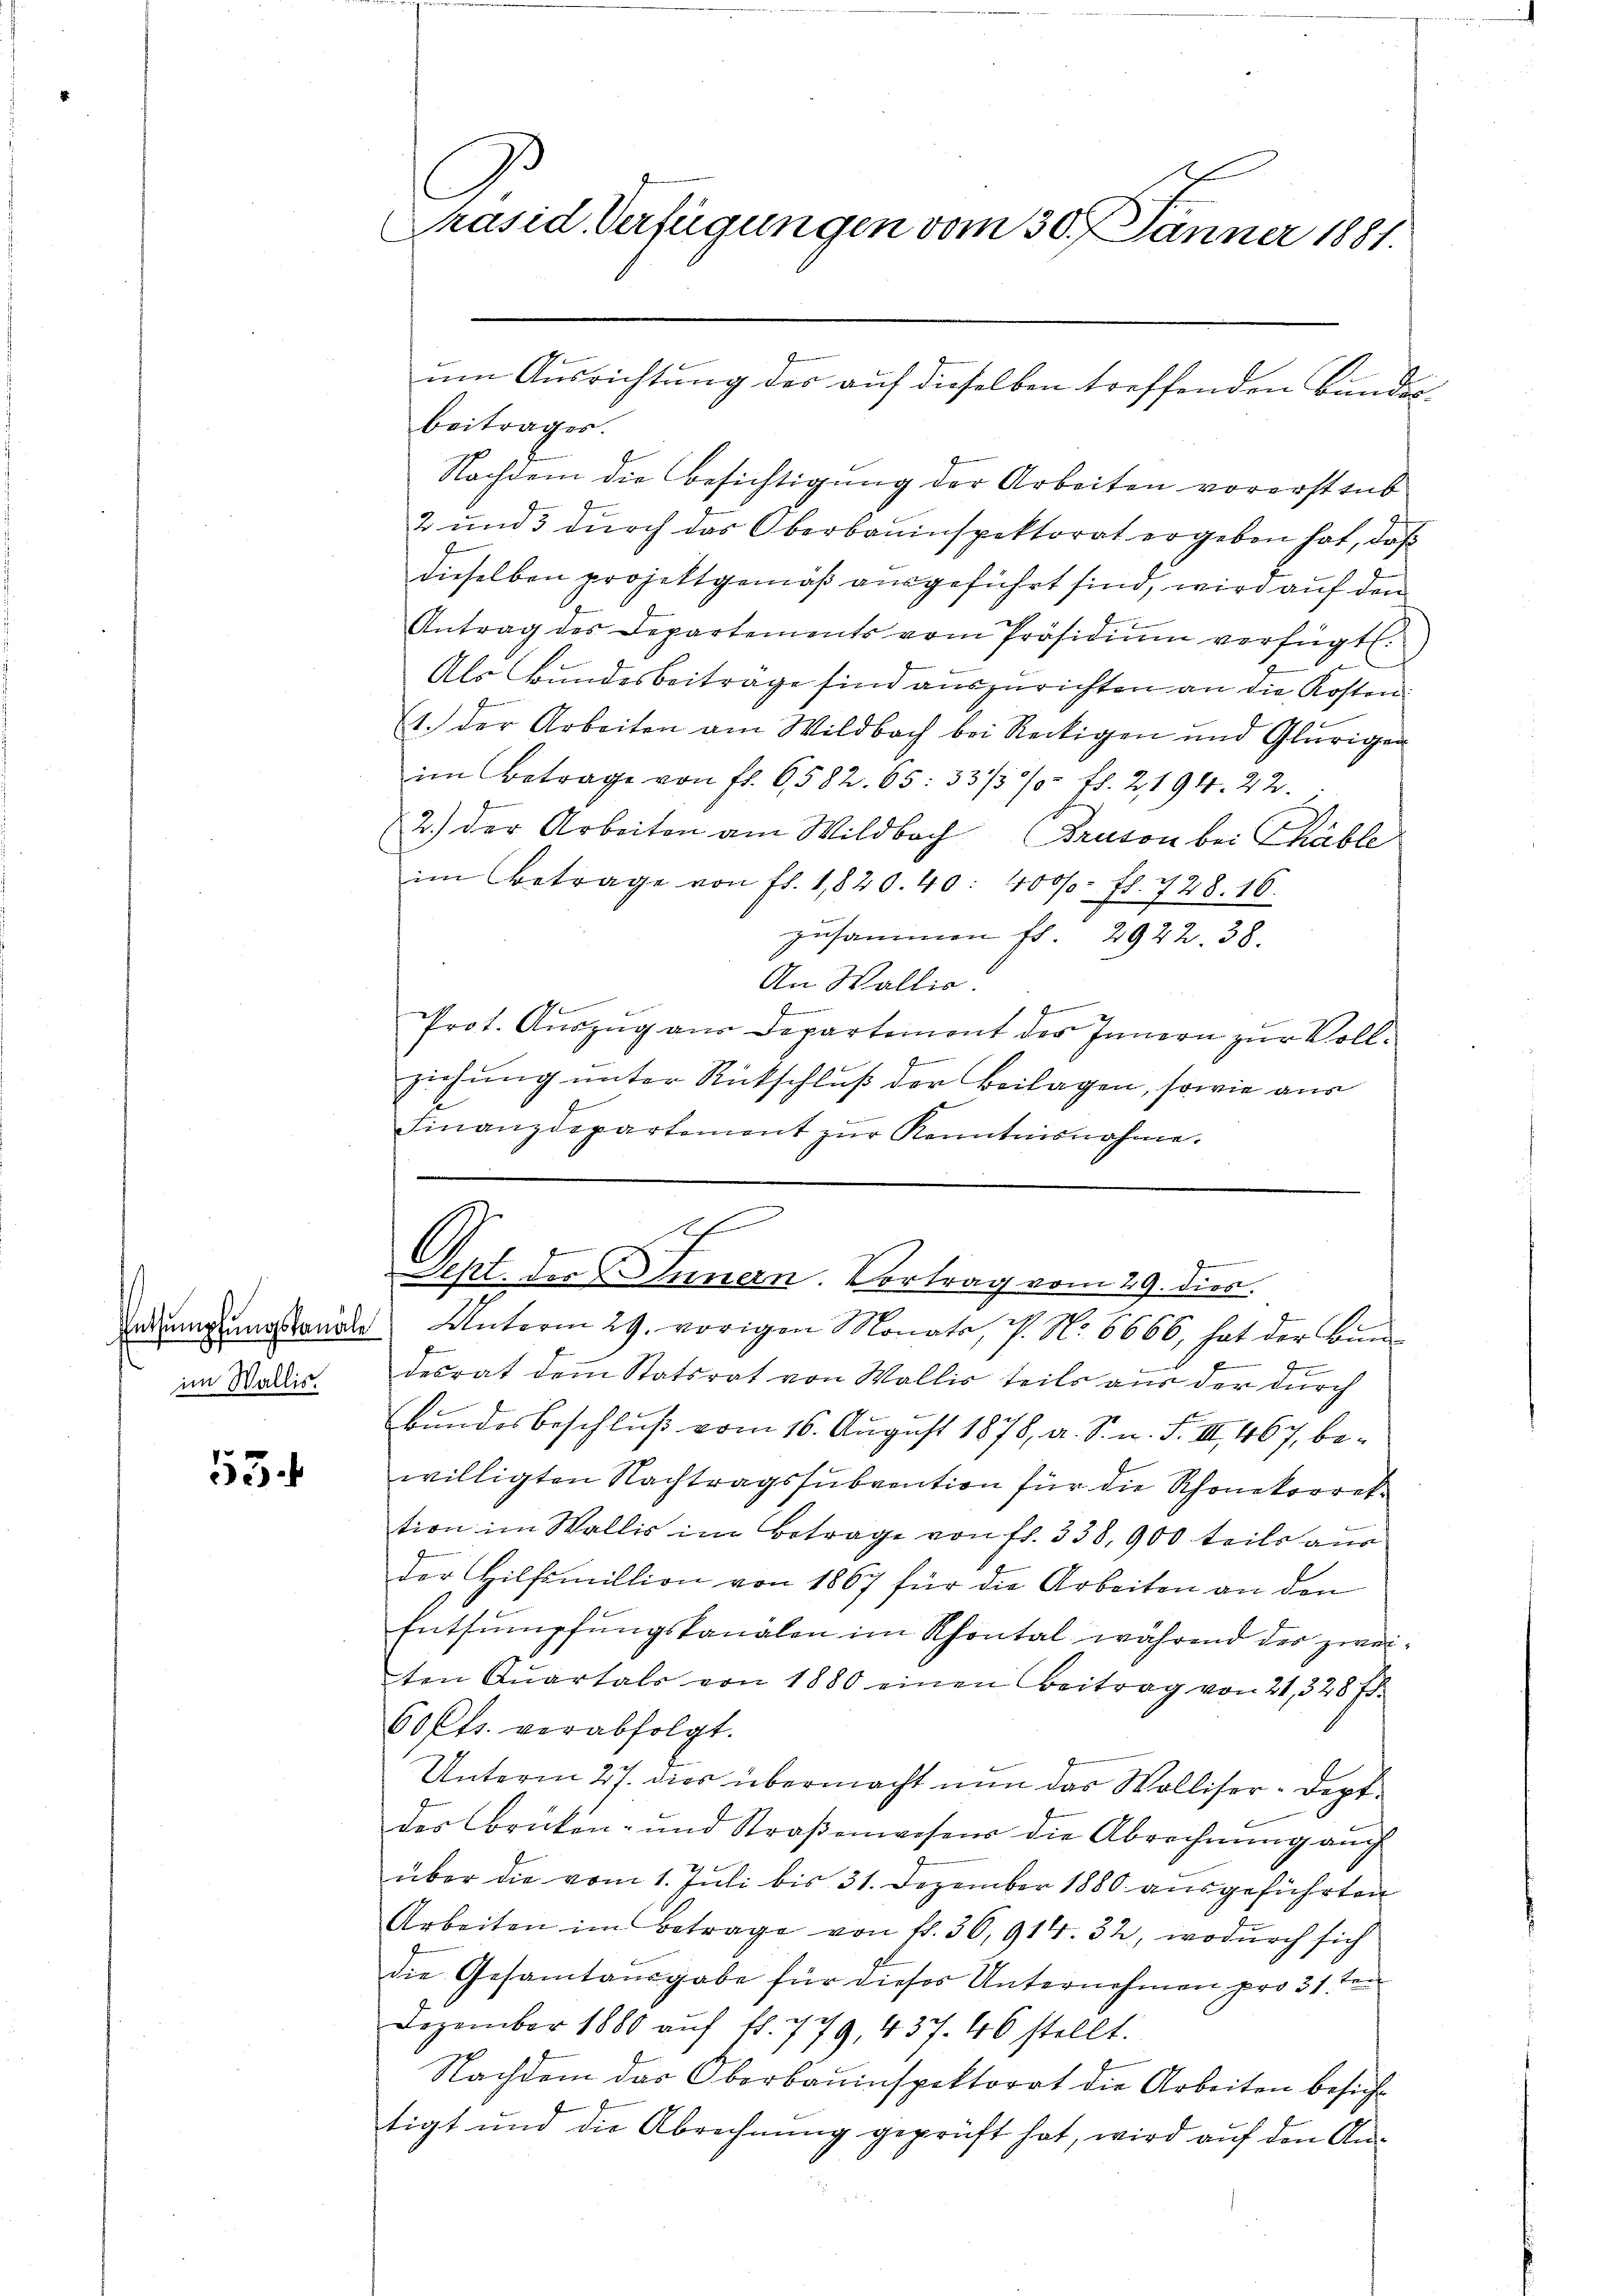
im Wallis.

55

beitrages.
Nachdem die Besichtigung der Arbeiten vorerstaub
2 und 3 durch das Oberbauinspektorat ergeben hat, daß
dieselben projektgemäß ausgeführt sind, wird auf den
Antrag des Departements vom Präsidiŭm verfügt.
Als Bundesbeiträge sind auszurichten an die Kosten.
1. der Arbeiten am Wildbach bei Reckigen und Glürigen
im Betrage von fl. 6582. 65: 33/3% fl. 2,194. 22.
2.) Der Arbeiten am Wildbach Bruton bei Chable
im Betrage von fl. 1,820. 40: 4000. fl. 728. 16.
zusammen fr. 2922. 38.
An Wallis:
f
Prot. Auszug aus Departement der Innern zur Voll¬
G
ziehung unter Rückschluß der Beilagen, sowie aus
Finanzdepartement zŭr Kenntnisnahme.

Präsid Verfügungen vom 30. Jänner 1881.

um Ausrichtung der auf dieselben treffenden Bundes¬

Sch
f
Sept. der Innern. Vortrag vom 29. dies
Erdringungsandte Unterm 29. vorigen Monate, s. No. 8666, hat der Bun¬

4
desrat dem Statsrat von Wallis teils aus der durch
Bundesbeschluß vom 16. August 1878, a. S. n. F. III 467, bewilligten Nachtragssubvention für die Schonkorrektion im Wallis im Betrage von fl. 338, 900 teils aus
der Hilfsmillion von 1867 für die Arbeiten an den
Entsumpfungskanalen im Rhontal während der zwei
ten Quartals von 1880 einen Beitrag von 21, 328 f.
60 Cts. verabfolgt.
Unterm 27. dies übermacht nun das Wolliser-Dept
des Brücken- und Straβenwesens die Abrechnŭng aŭch
über die vom 1. Juli bis 31. Dezember 1880 ausgeführten
Arbeiten im Betrage von fl. 36, 914. 32, wodurch sich
die Gesamtausgabe für dieses Unternehmen pro 31 te
Dezember 1880 auf fl. 779, 437. 46 stellt.
Nachdem das Oberbauinspektorat die Arbeiten besicht
tigt und die Abrechnung geprüft hat, wird auf den An¬